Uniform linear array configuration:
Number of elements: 16
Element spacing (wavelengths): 0.5
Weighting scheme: exponential
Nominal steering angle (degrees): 60
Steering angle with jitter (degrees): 60.317
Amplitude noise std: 0.05
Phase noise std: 0.05

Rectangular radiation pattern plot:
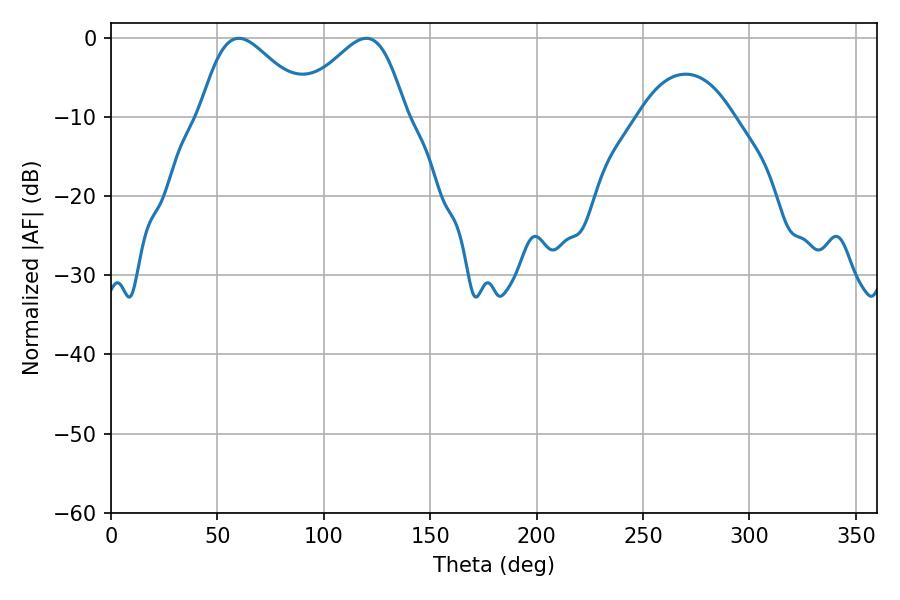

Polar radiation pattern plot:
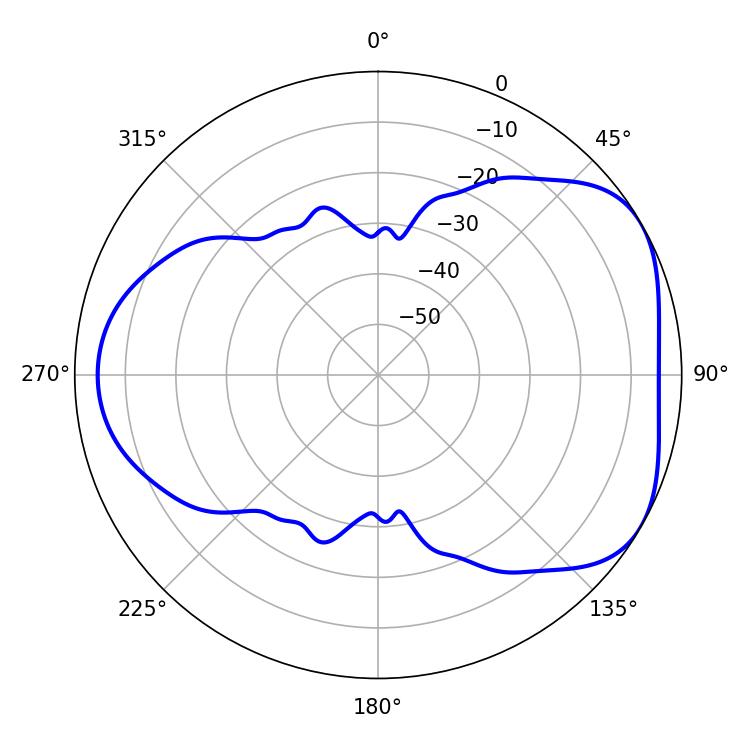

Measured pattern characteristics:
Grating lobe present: FALSE
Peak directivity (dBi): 4.567
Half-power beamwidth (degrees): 27.36
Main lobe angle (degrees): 119.88